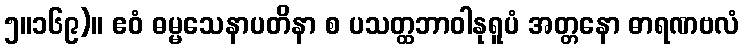
၅။၁၆၉)။ ဧဝံ ဓမ္မသေနာပတိနာ စ ပသတ္ထဘာဝါနုရူပံ အတ္တနော ဓာရဏဗလံ